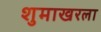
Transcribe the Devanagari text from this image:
शुमाखरला